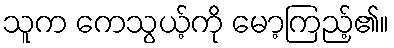
သူက ကေသွယ့်ကို မော့ကြည့်၏။